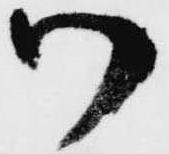
つ